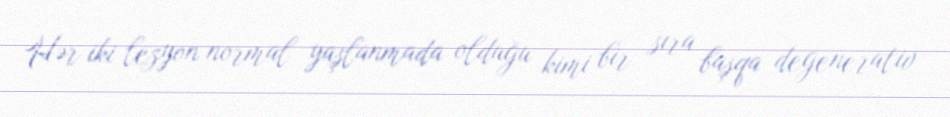
Hər iki lezyon normal yaşlanmada olduğu kimi bir sıra başqa degenerativ